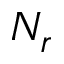
N _ { r }